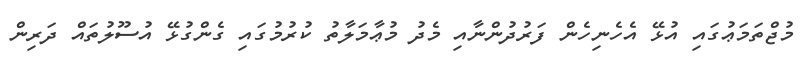
މުޖްތަމަޢުގައި އުޅޭ އެހެނިހެން ފަރުދުންނާއި މެދު މުޢާމަލާތު ކުރުމުގައި ގެންގުޅޭ އުސޫލުތައް ދަރިން